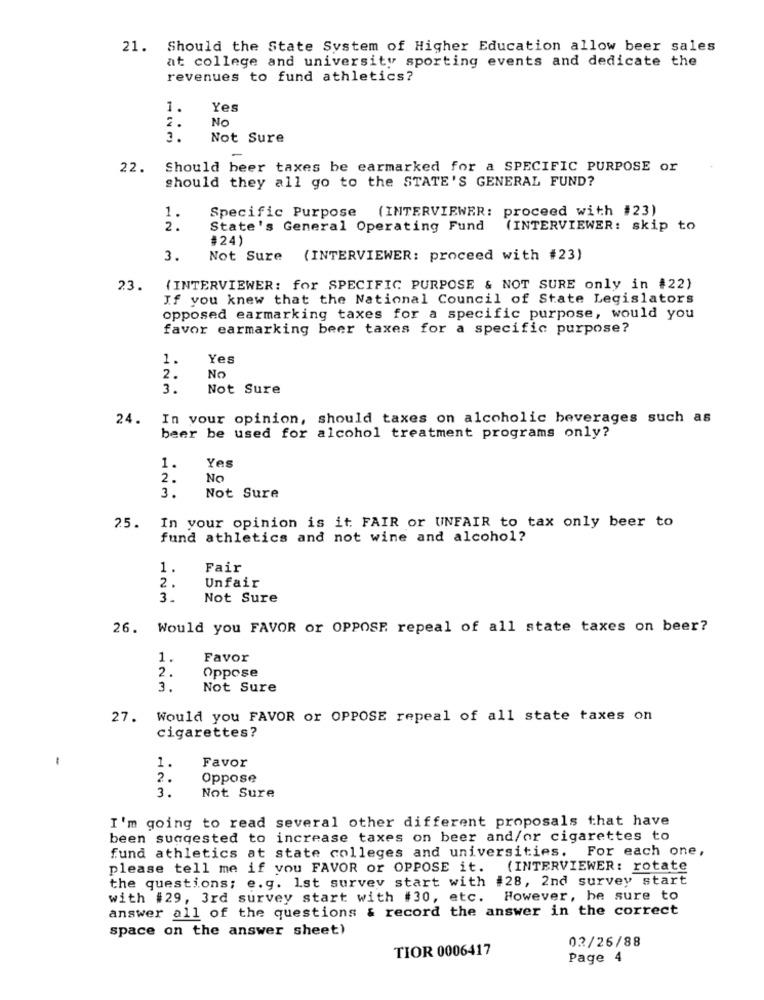
21. Should the State System of Higher Education allow beer sales
at college and university sporting events and dedicate the
revenues to fund athletics?
1.
Yes
2.
No
1.
Not Sure
22.
Should beer taxes be earmarked for a SPECIFIC PURPOSE or
should they all go to the STATE'S GENERAL FUND?
Specific Purpose (INTERVIEWER: proceed with #23)
1.
2.
State's General Operating Fund
(INTERVIEWER: skip to
#24)
3.
Not Sure
(INTERVIEWER: proceed with #23)
23.
(INTERVIEWER: for SPECIFIC PURPOSE & NOT SURE only in #22)
If you knew that the National Council of State Legislators
opposed earmarking taxes for a specific purpose, would you
favor earmarking beer taxes for a specific purpose?
1.
Yes
2.
NO
3.
Not Sure
24.
In your opinion, should taxes on alcoholic beverages such as
beer be used for alcohol treatment programs only?
Yes
1.
2.
No
3.
Not Sure
25. In your opinion is it FAIR or UNFAIR to tax only beer to
fund athletics and not wine and alcohol?
1.
Fair
2.
Unfair
3.
Not Sure
26. Would you FAVOR or OPPOSE repeal of all state taxes on beer?
1.
Favor
2.
Oppose
3.
Not Sure
27. Would you FAVOR or OPPOSE repeal of all state taxes on
cigarettes?
1.
Favor
2.
Oppose
Not Sure
3.
I'm going to read several other different proposals that have
been suggested to increase taxes on beer and/or cigarettes to
fund athletics at state colleges and universities. For each one,
please tell me if you FAVOR or OPPOSE it.
(INTERVIEWER: rotate
the questions; e.g. 1st survey start with #28, 2nd survey start
with #29, 3rd survey start with #30, etc.
However, he sure to
answer all of the questions & record the answer in the correct
space on the answer sheet)
02/26/88
TIOR 0006417
Page 4